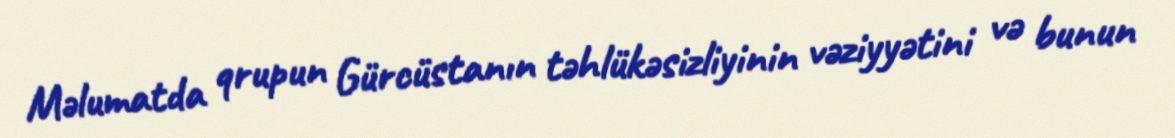
Məlumatda qrupun Gürcüstanın təhlükəsizliyinin vəziyyətini və bunun